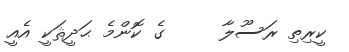
ކީރިތި ރަސޫލާ     ގެ ކޮންމެ ޙަދީޘަކީ އެއީ